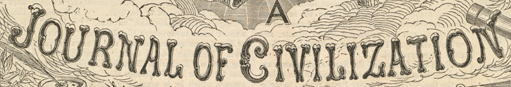

				JOURNAL OF CIVILIZATION